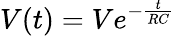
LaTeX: V(t)=Ve^{-\frac{t}{RC}}